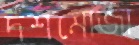
দশমোজা